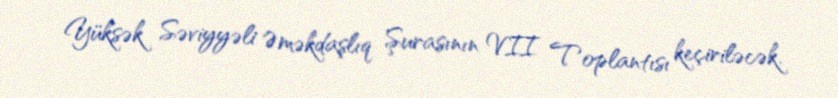
Yüksək Səviyyəli Əməkdaşlıq Şurasının VII Toplantısı keçiriləcək.